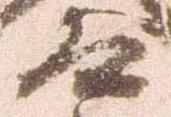
道